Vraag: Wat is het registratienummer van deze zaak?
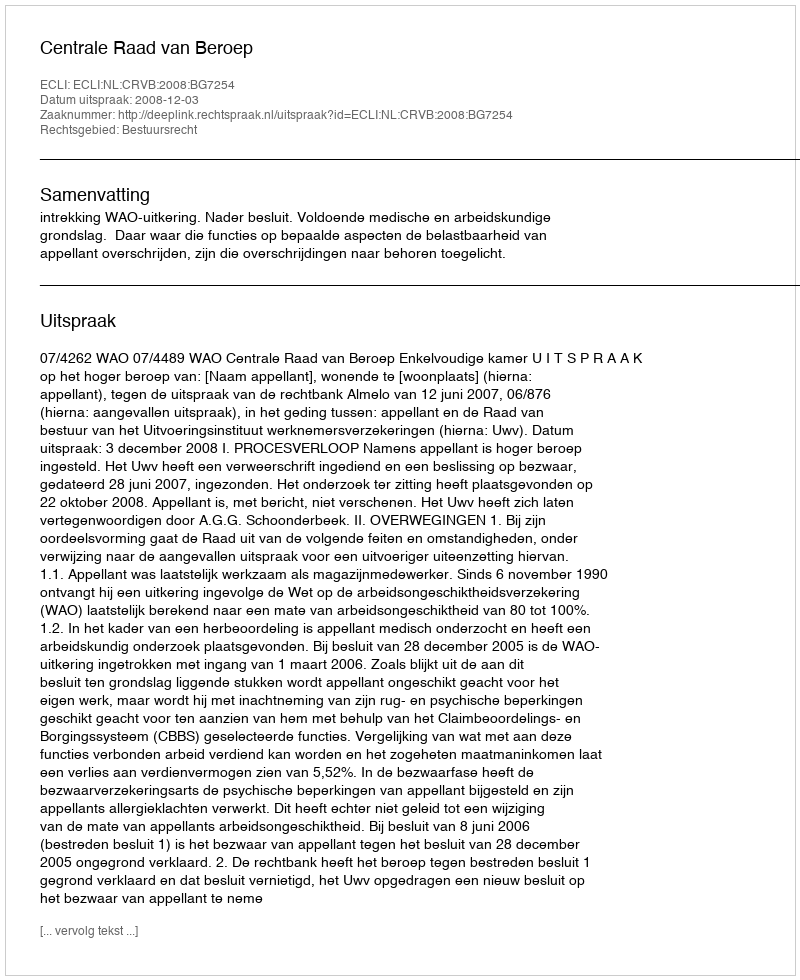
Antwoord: http://deeplink.rechtspraak.nl/uitspraak?id=ECLI:NL:CRVB:2008:BG7254